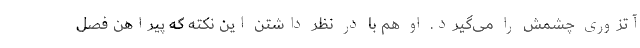
آتزوری چشمش را می‌گیرد. او هم با در نظر داشتن این نکته که پیراهن فصل